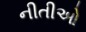
નીતીઓ